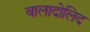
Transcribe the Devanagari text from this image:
वालादोलिद